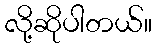
လို့ဆိုပါတယ်။